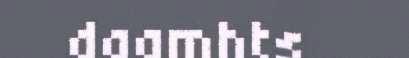
daamhts